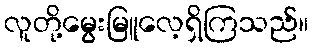
လူတို့မွေးမြူလေ့ရှိကြသည်။